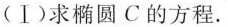
(Ⅰ)求椭圆C的方程。